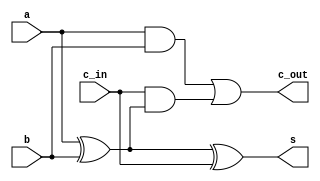
// generate compare data using boolean operations
// s = a XOR b XOR c_in
// c_out = (ab) + (c_in(a XOR b))

module add_beh (a, b, c_in, c_out, s);
	input a, b, c_in;
	output c_out, s;

	wire s = a ^ b ^ c_in;
	wire c_out = (a & b) | (c_in & (a ^ b)); 
	
endmodule